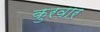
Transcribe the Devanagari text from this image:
कुरवार